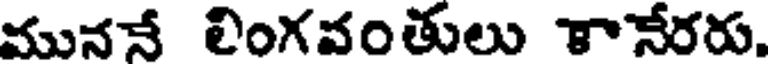
ముననే లింగవంతులు కానేరరు,